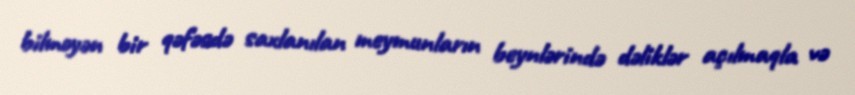
bilməyən bir qəfəsdə saxlanılan meymunların beynlərində dəliklər açılmaqla və